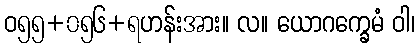
ဝ၅၅+၀၅၆+ရဟန်းအား။ လ။ ယောဂက္ခေမံ ဝါ၊